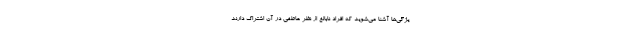
یژگی‌ها آشنا می‌شوید که افراد نابالغ از نظر عاطفی در آن اشتراک دارند